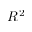
R ^ { 2 }